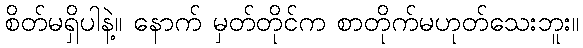
စိတ်မရှိပါနဲ့။ နောက် မှတ်တိုင်က စာတိုက်မဟုတ်သေးဘူး။